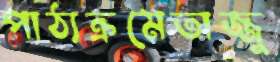
পাঠ্যক্রমেতাজ্জু